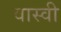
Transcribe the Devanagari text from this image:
वास्वी